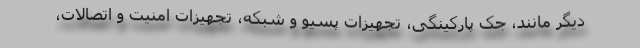
دیگر مانند، جک پارکینگی، تجهیزات پسیو و شبکه، تجهیزات امنیت و اتصالات،